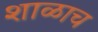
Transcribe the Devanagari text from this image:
शाळाच